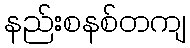
နည်းစနစ်တကျ